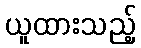
ယူထားသည့်